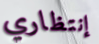
إنتظاري